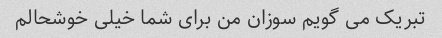
تبریک می گویم سوزان من برای شما خیلی خوشحالم